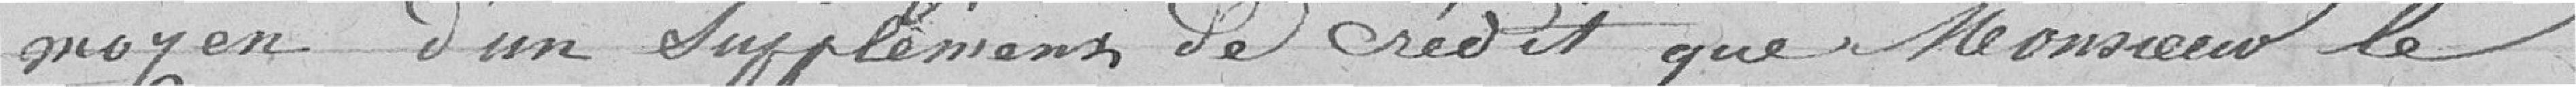
moyen d'un supplément de crédit que Monsieur le